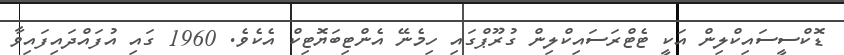
ޑޮކްސީސައިކްލިން އަކީ ޓެޓްރަސައިކްލިން ގުރޫޕްގައި ހިމެނޭ އެންޓިބަޔޮޓިކް އެކެވެ. 1960 ގައި އުފައްދައިފައިވާ